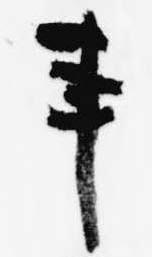
事